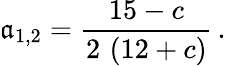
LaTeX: \mathfrak{a}_{1,2}=\frac{{15-c}}{{2\, \left(12+c\right)}}\, .